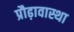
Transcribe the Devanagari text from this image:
प्रौढ़ावास्था